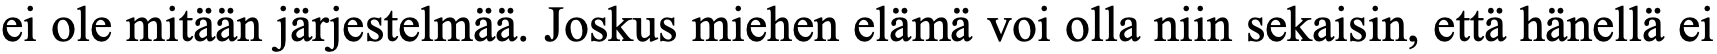
ei ole mitään järjestelmää. Joskus miehen elämä voi olla niin sekaisin, että hänellä ei